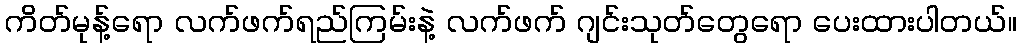
ကိတ်မုန့်ရော လက်ဖက်ရည်ကြမ်းနဲ့ လက်ဖက် ဂျင်းသုတ်တွေရော ပေးထားပါတယ်။